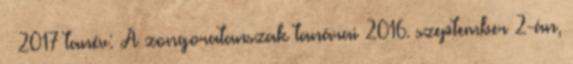
2017 tanév: A zongoratanszak tanárai 2016. szeptember 2-án,